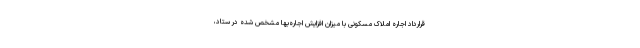
قرارداد اجاره املاک مسکونی با میزان افزایش اجاره‌بها مشخص شده در ستاد،